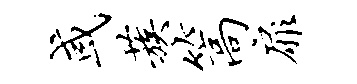
或蔟篙扉